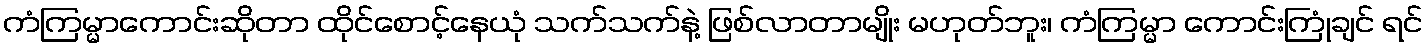
ကံကြမ္မာကောင်းဆိုတာ ထိုင်စောင့်နေယုံ သက်သက်နဲ့ ဖြစ်လာတာမျိုး မဟုတ်ဘူး၊ ကံကြမ္မာ ကောင်းကြုံချင် ရင်